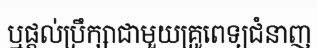
ឬផ្តល់ប្រឹក្សាជាមួយគ្រូពេទ្យជំនាញ